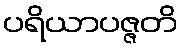
ပရိယာပဇ္ဇတိ